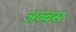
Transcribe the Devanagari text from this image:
अब्बस